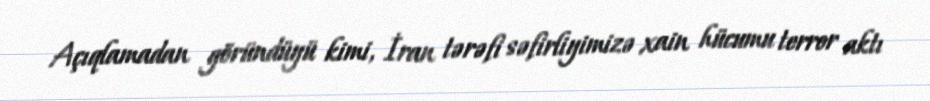
Açıqlamadan göründüyü kimi, İran tərəfi səfirliyimizə xain hücumu terror aktı